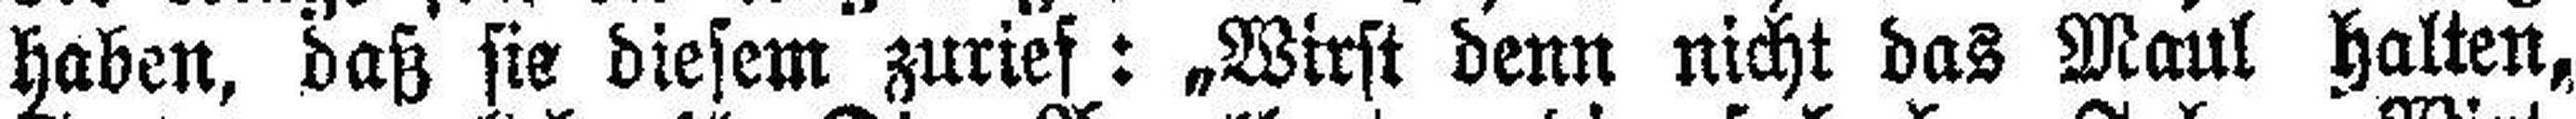
haben, daß sie diesem zurief: „Wirst denn nicht das Maul halten,